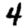
Digit: 4